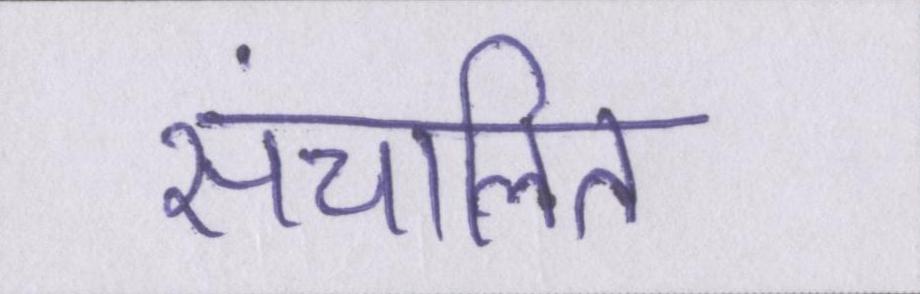
संचालित